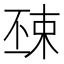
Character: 𣓺